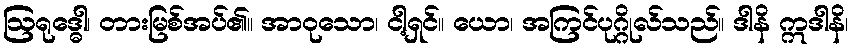
ဩရုဒ္ဓေါ၊ တားမြစ်အပ်၏။ အာဝုသော၊ ငါ့ရှင်။ ယော၊ အကြင်ပုဂ္ဂိုလ်သည်။ ဒါနိ ဣဒါနိ၊